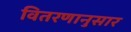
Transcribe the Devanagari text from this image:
वितरणानुसार